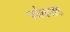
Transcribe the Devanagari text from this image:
पर्वतवास